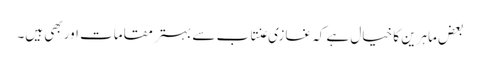
بعض ماہرین کا خیال ہے کہ غازی عنتاب سے بہتر مقامات اور بھی ہیں۔